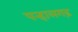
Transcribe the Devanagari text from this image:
पन्हालगढ़